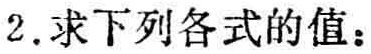
2. 求下列各式的值：